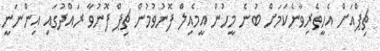
ޗިޕްއަށް އެހީތެރިވާނެކަމަށް ބުނެ މީހުން އީމެއިލް ފޮނުވުމުން ޗިޕް ފޮނުވާ ރައްދުގައި އިންނަނީ